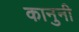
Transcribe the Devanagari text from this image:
कानुनी